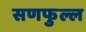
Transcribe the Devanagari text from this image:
सणफुल्ल